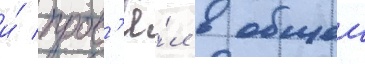
и́ пров'ё́л в общеи